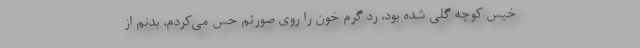
خیس کوچه گِلی شده بود، ردّ گرم خون را روی صورتم حس می‌کردم، بدنم از